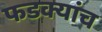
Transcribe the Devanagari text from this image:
फडक्यांच